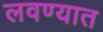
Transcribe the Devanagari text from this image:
लवण्यात